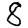
Digit: 8